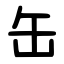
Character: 缶